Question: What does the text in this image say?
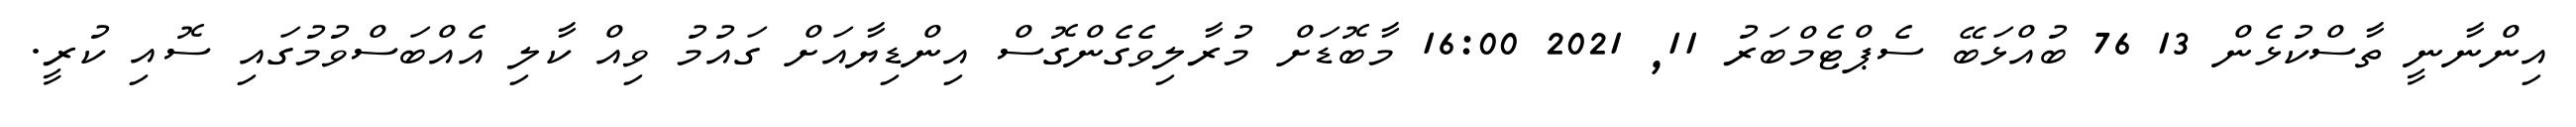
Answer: އިންނާނީ ތާސްކުޅެން 13 76 ބުއްޅަބޭ ސެޕްޓެމްބަރު 11, 2021 16:00 މާބޮޑަށް މުރާލިވެގެންގޮސް އިންޑިޔާއަށް ގައުމު ވިއް ކާލި އެއްބަސްވުމުގައި ސޮއި ކުރީ.